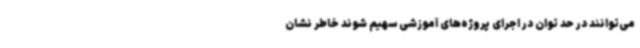
می‌توانند در حد توان در اجرای پروژه‌های آموزشی سهیم شوند خاطر نشان